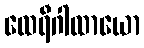
ထေရီဂါထာယော